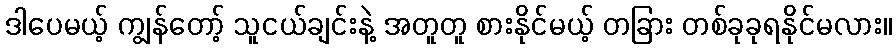
ဒါပေမယ့် ကျွန်တော့် သူငယ်ချင်းနဲ့ အတူတူ စားနိုင်မယ့် တခြား တစ်ခုခုရနိုင်မလား။